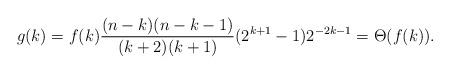
LaTeX: \begin{align*}g(k)=f(k) \frac{(n-k)(n-k-1)}{(k+2)(k+1)} (2^{k+1}-1)2^{-2k-1}=\Theta(f(k)).\end{align*}